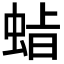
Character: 𮔍